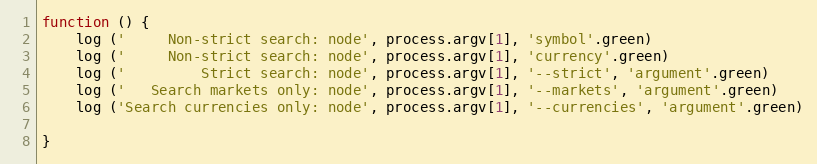
Language: JavaScript
function () {
    log ('     Non-strict search: node', process.argv[1], 'symbol'.green)
    log ('     Non-strict search: node', process.argv[1], 'currency'.green)
    log ('         Strict search: node', process.argv[1], '--strict', 'argument'.green)
    log ('   Search markets only: node', process.argv[1], '--markets', 'argument'.green)
    log ('Search currencies only: node', process.argv[1], '--currencies', 'argument'.green)

}